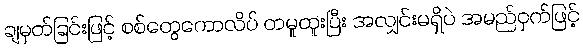
ချမှတ်ခြင်းဖြင့် စစ်တွေကောလိပ် တမူထူးပြီး အလျှင်းမရှိပဲ အမည်ဝှက်ဖြင့်